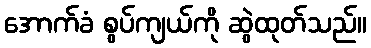
အောက်ခံ စွပ်ကျယ်ကို ဆွဲထုတ်သည်။